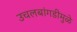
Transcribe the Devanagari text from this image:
उचलबांगडीमुळे